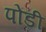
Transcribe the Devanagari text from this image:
पोंडी